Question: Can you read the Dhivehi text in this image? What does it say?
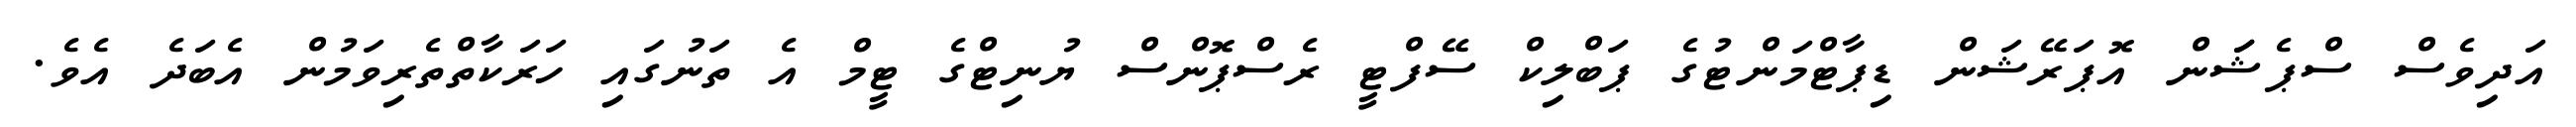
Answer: އަދިވެސް ސްޕެޝަަން އޮޕަރޭޝަން ޑިޕާޓްމަންޓުގެ ޕަބްލިކް ސޭފްޓީ ރެސްޕޮންސް ޔުނިޓްގެ ޓީމް އެ ތަނުގައި ހަރަކާތްތެރިވަމުން އެބަދެ އެވެ.